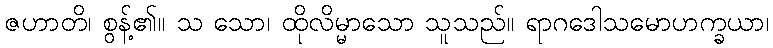
ဇဟာတိ၊ စွန့်၏။ သ သော၊ ထိုလိမ္မာသော သူသည်။ ရာဂဒေါသမောဟက္ခယာ၊